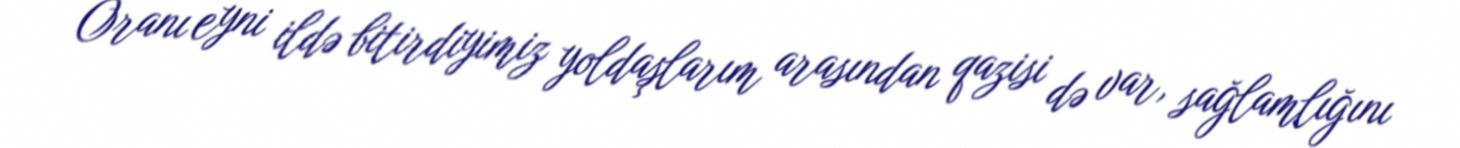
Oranı eyni ildə bitirdiyimiz yoldaşlarım arasından qazisi də var, sağlamlığını